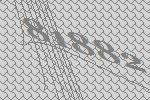
81882